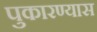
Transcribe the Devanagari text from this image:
पुकारण्यास